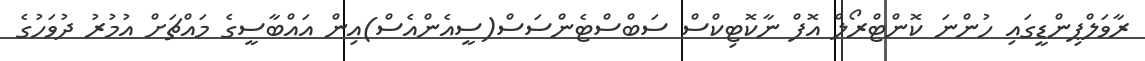
ރާވަލްޕިންޑީގައި ހުންނަ ކޮންޓްރޯލް އޮފް ނާކޮޓިކްސް ސަބްސްޓެންސަސް(ސީއެންއެސް)އިން އައްބާސީގެ މައްޗަށް އުމުރު ދުވަހުގެ